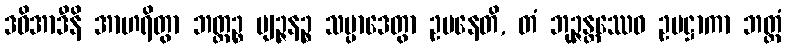
ဒဓိအာဒီနိ အာဟရိတွာ ဘတ္တဉ္စ ဗျဉ္ဇနဉ္စ သမ္ပာဒေတွာ ဥပနေတိ, တံ ဘုဉ္ဇန္တဿေဝ ဥပဋ္ဌာကာ ဘတ္တံ